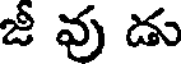
జీ వు డు